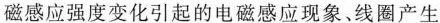
磁感应强度变化引起的电磁感应现象、线圈产生